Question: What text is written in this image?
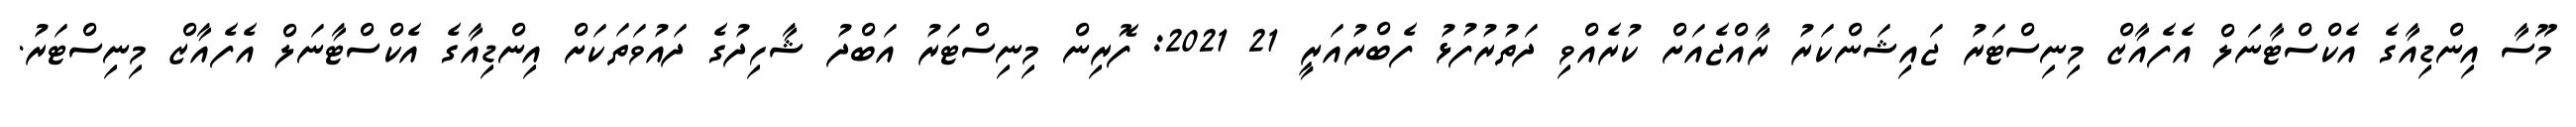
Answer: މޫސާ އިންޑިއާގެ އެކްސްޓާނަލް އެފެއާޒް މިނިސްޓަރު ޖައިޝަންކަރު ރާއްޖެއަށް ކުރެއްވި ދަތުރުފުޅު ފެބްރުއަރީ 21 2021: ފޮރިން މިނިސްޓަރު އަބްދު ޝާހިދުގެ ދައުވަތަކަށް އިންޑިއާގެ އެކްސްޓާނަލް އެފެއާޒް މިނިސްޓަރު.